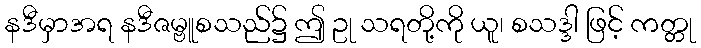
နဒီမှာအရ နဒီဇမ္ဗူစသည်၌ ဤ ဥု သရတို့ကို ယူ၊ စသဒ္ဒါ ဖြင့် ကတ္တု